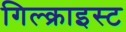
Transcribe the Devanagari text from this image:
गिल्क्राइस्ट